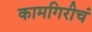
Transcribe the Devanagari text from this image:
कामगिरीचं